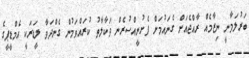
ބަރުލަމާނީ ނިޒާމެއް ރާއްޖެއަށް ގެނައުމަށް ފެށުނީއްސުރެން ވަކާލާތު ކުރައްވަމުން ގެންދަވާ ލީޑަރަކީ އެމްޑީޕީގެ